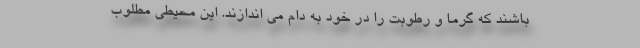
باشند که گرما و رطوبت را در خود به دام می اندازند. این محیطی مطلوب